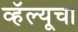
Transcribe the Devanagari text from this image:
व्हॅल्यूचा